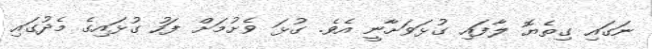
ނަގައި ގިތެޔޮ ލާފައި ގުޅަވަށާނީ އެވެ. ގުޅަ ވެށުމަށް ފަހު ގުޅައިގެ މެދުގައި